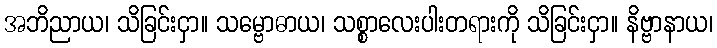
အဘိညာယ၊ သိခြင်းငှာ။ သမ္ဗောဓာယ၊ သစ္စာလေးပါးတရားကို သိခြင်းငှာ။ နိဗ္ဗာနာယ၊